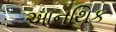
આનથિક